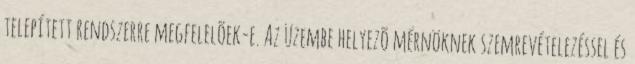
telepített rendszerre megfelelõek-e. Az üzembe helyezõ mérnöknek szemrevételezéssel és